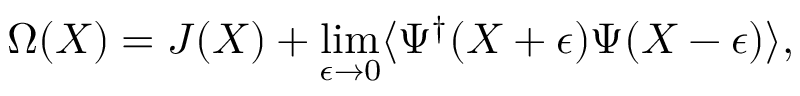
\Omega ( X ) = J ( X ) + \operatorname * { l i m } _ { \epsilon \rightarrow 0 } \langle \Psi ^ { \dagger } ( X + \epsilon ) \Psi ( X - \epsilon ) \rangle ,